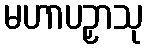
မဟာပဉှာသု